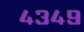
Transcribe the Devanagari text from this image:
४३४९